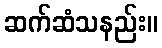
ဆက်ဆံသနည်း။